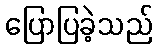
ပြောပြခဲ့သည်